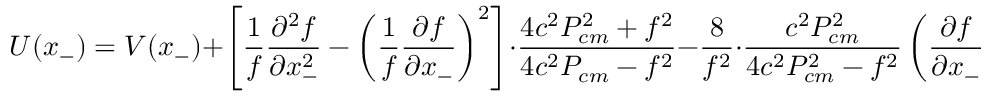
U ( x _ { - } ) = V ( x _ { - } ) + \left[ \frac { 1 } { f } \frac { { \partial } ^ { 2 } f } { { \partial } x _ { - } ^ { 2 } } - \left( \frac { 1 } { f } \frac { { \partial } f } { { \partial } x _ { - } } \right) ^ { 2 } \right] \cdot \frac { 4 c ^ { 2 } P _ { c m } ^ { 2 } + f ^ { 2 } } { 4 c ^ { 2 } P _ { c m } - f ^ { 2 } } - \frac { 8 } { f ^ { 2 } } \cdot \frac { c ^ { 2 } P _ { c m } ^ { 2 } } { 4 c ^ { 2 } P _ { c m } ^ { 2 } - f ^ { 2 } } \left( \frac { { \partial } f } { { \partial } x _ { - } } \right) ^ { 2 } .